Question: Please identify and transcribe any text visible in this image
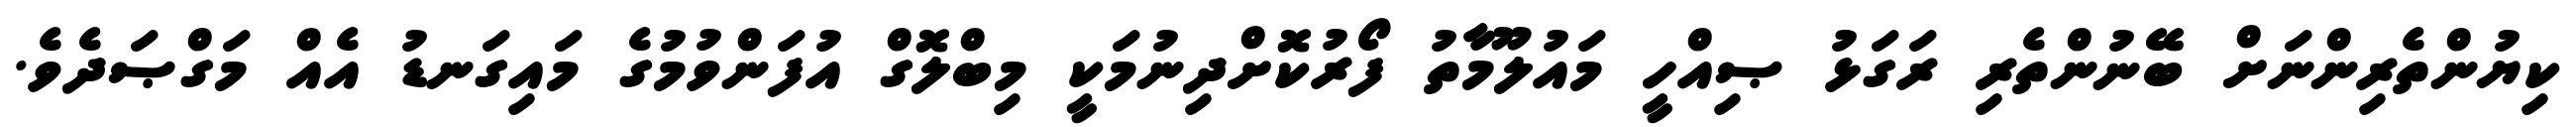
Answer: ކިޔުންތެރިންނަށް ބޭނުންތެރި ރަގަޅު ޞިއްހީ މައުލޫމާތު ފޯރުކޮށްދިނުމަކީ މިބްލޮގް އުފަންވުމުގެ މައިގަނޑު އެއް މަގްޞަދެވެ.